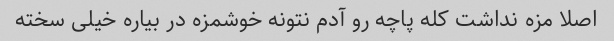
اصلا مزه نداشت کله پاچه رو آدم نتونه خوشمزه در بیاره خیلی سخته